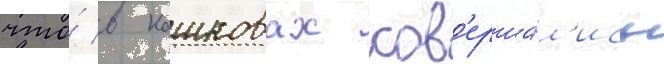
что́ в кашковах сов'ерша́л'ись